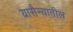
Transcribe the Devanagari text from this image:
यासैन्यातील